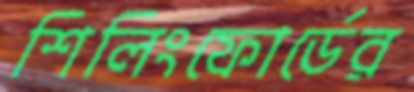
শিলিংফোর্ডের